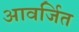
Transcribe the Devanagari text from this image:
आवर्जित